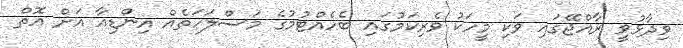
ވިދާޅުވީ ރާއްޖޭގައި ވަކި މީހަކު ވެރިކަމުގައި ބެހެއްޓުމުގެ މަސްލަހަތެއް އިންޑިއާ އަށް އޮތް